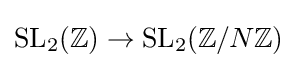
\mathrm {SL} _{2}(\mathbb {Z} )\to \mathrm {SL} _{2}(\mathbb {Z} /N\mathbb {Z} )